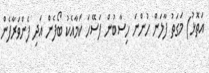
އަތޮޅު) މަގަތު ފާލަން ހުންނަ ހިސާބުން ފަސޭހަ ކަމާއެކު ބޯފެން އަދި ފެންވަރާފެން